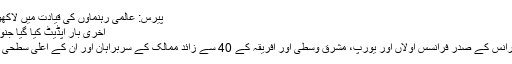
پیرس: عالمی رہنماؤں کی قیادت میں لاکھوں افراد کی ریلی
آخری بار اپڈیٹ کیا گیا جنوری 11, 2015
ریلی کی قیادت فرانس کے صدر فرانسس اولاں اور یورپ، مشرقِ وسطیٰ اور افریقہ کے 40 سے زائد ممالک کے سربراہان اور ان کے اعلیٰ سطحی نمائندوں نے کی۔